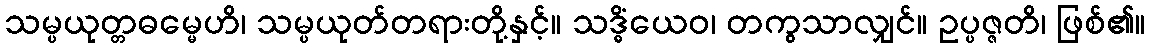
သမ္ပယုတ္တဓမ္မေဟိ၊ သမ္ပယုတ်တရားတို့နှင့်။ သဒ္ဓိံယေဝ၊ တကွသာလျှင်။ ဥပ္ပဇ္ဇတိ၊ ဖြစ်၏။